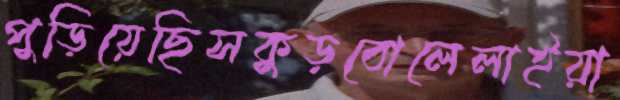
পুড়িয়েছিসকুড়বোলেলাইয়া